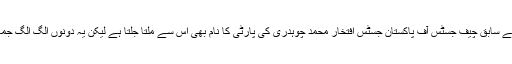
واضح رہے سابق چیف جسٹس آف پاکستان جسٹس افتخار محمد چوہدری کی پارٹی کا نام بھی اس سے ملتا جلتا ہے لیکن یہ دونوں الگ الگ جماعتیں ہیں۔